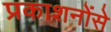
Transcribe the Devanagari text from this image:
प्रकाशनोंसे